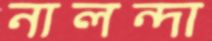
নালন্দা